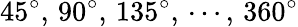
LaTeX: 45^{\circ},\, 90^{\circ},\, 135^{\circ},\, \cdots,\, 360^{\circ}